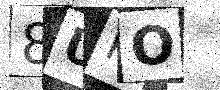
Text: 8UPO